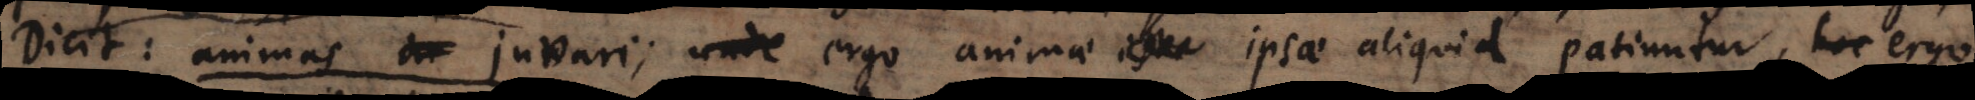
Dicit: animas juvari, ergo animae ipsae aliquid patiuntur, ergo